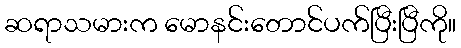
ဆရာသမားက မောနင်းတောင်ပက်ပြီးပြီကို။